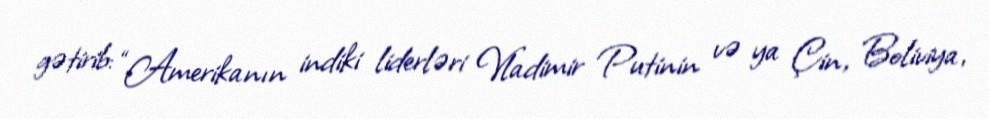
gətirib: “Amerikanın indiki liderləri Vladimir Putinin və ya Çin, Boliviya,